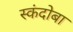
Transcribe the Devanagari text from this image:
स्कंदोबा